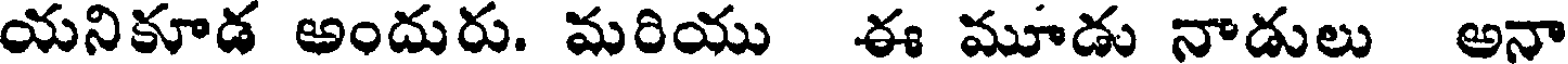
యనికూడ అందురు. మరియు ఈ మూడు నాడులు అనా